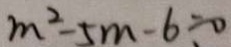
m ^ { 2 } - 5 m - 6 = 0